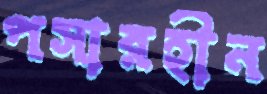
পসারহীন